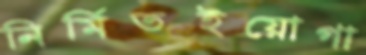
নির্মিতইয়োগা